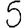
Digit: 5